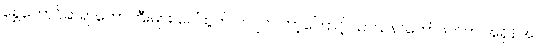
ရွှေတောင်ဆရာတော်ကြီးများ ပေါ်ထွက်ပါလျက် ဘာ့ကြောင့် သာသနာတော်ဖက်က အရှိန်အဝါ